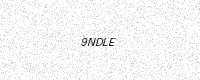
Text: 9NDLE